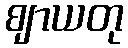
ဈာယတု